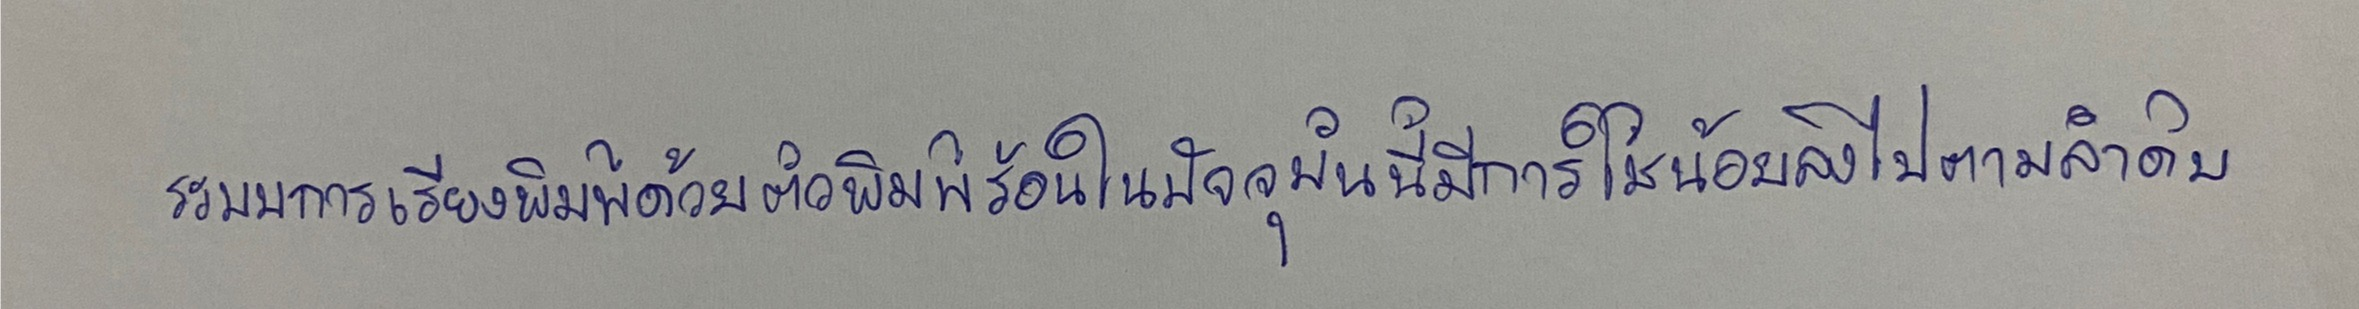
ระบบการเรียงพิมพ์ด้วยตัวพิมพ์ร้อนในปัจจุบันนี้มีการใช้น้อยลงไปตามลำดับ